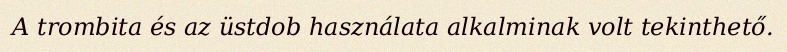
A trombita és az üstdob használata alkalminak volt tekinthető.